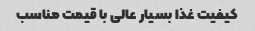
کیفیت غذا بسیار عالی با قیمت مناسب